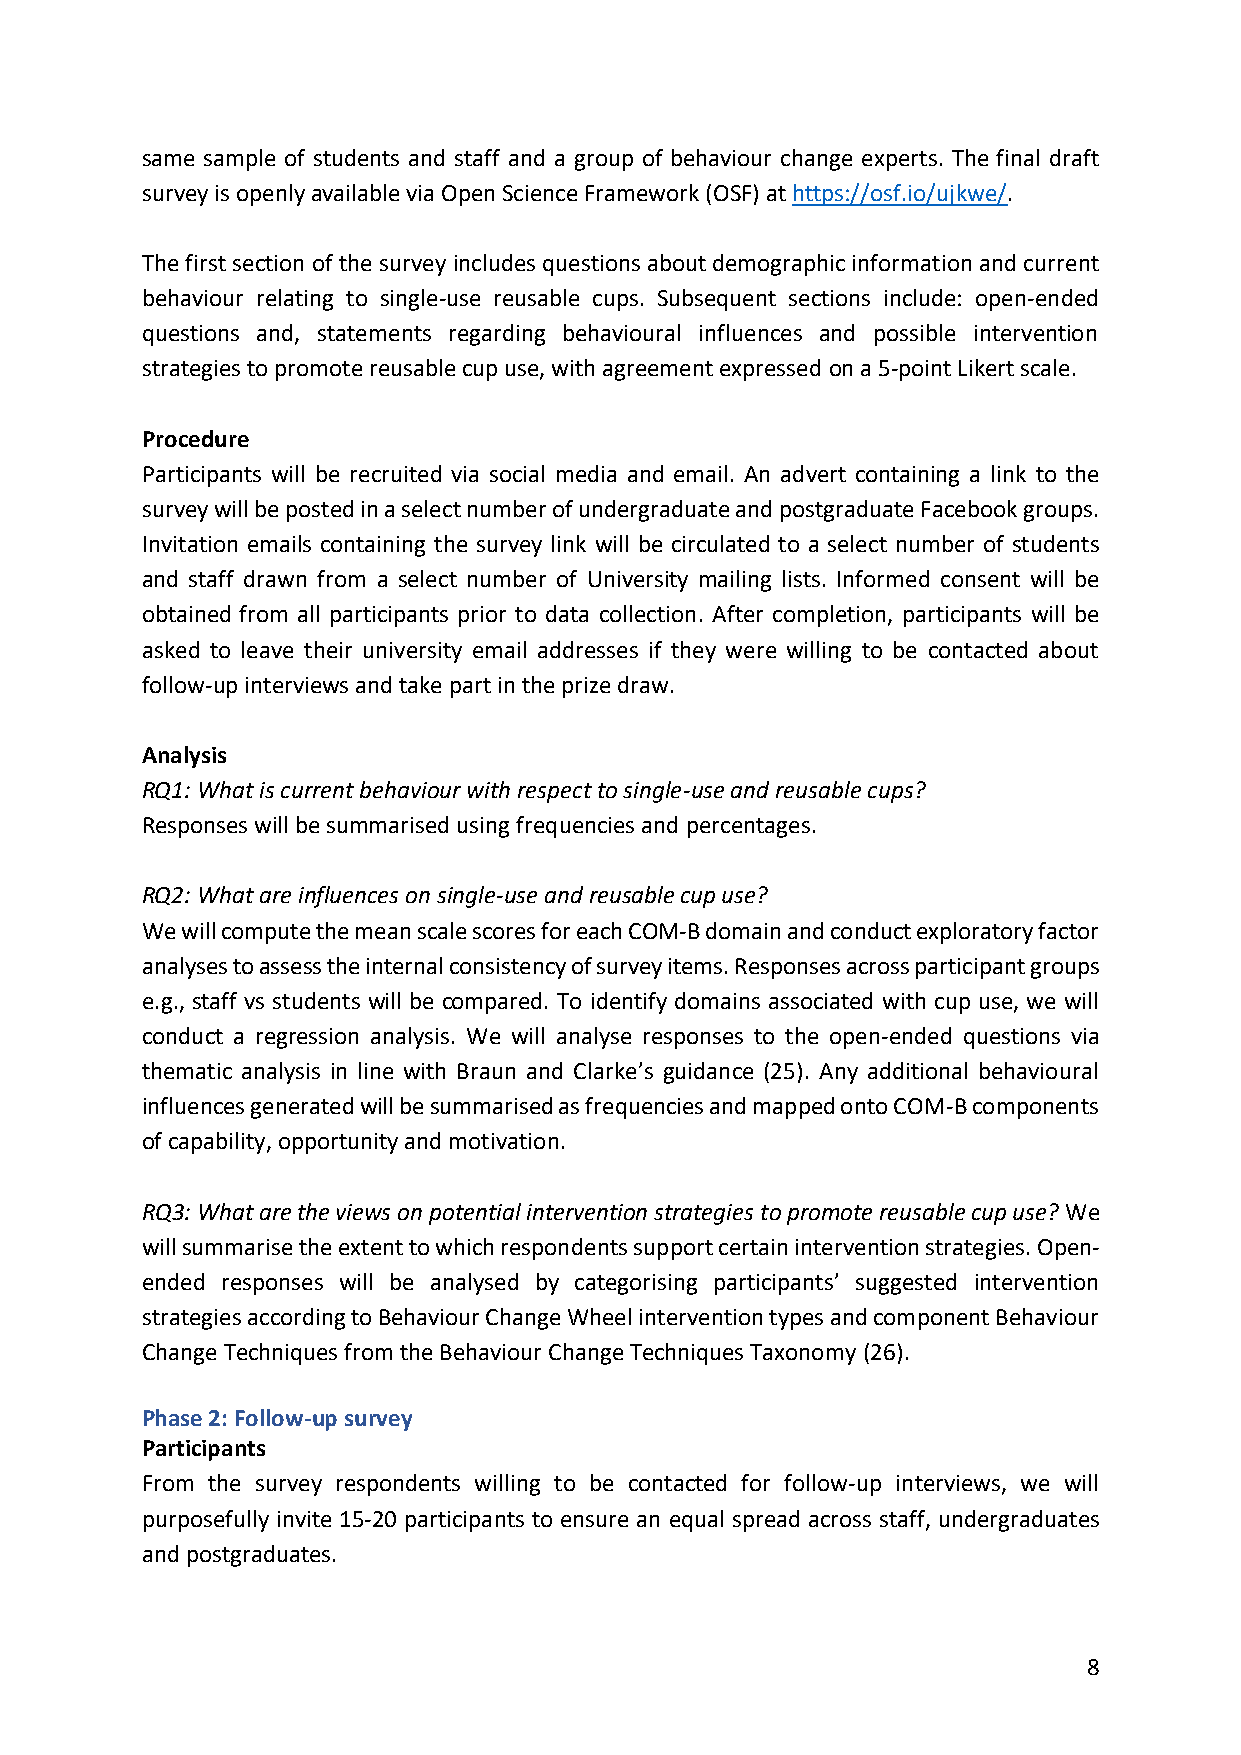
same sample of students and staff and a group of behaviour change experts. The final draft
 survey is openly available via Open Science Framework (OSF) at https://osf.io/ujkwe/.
 The first section of the survey includes questions about demographic information and current
 behaviour relating to single-use reusable cups. Subsequent sections include: open-ended
 questions and, statements regarding behavioural influences and possible intervention
 strategies to promote reusable cup use, with agreement expressed on a 5-point Likert scale.
 Procedure
 Participants will be recruited via social media and email. An advert containing a link to the
 survey will be posted in a select number of undergraduate and postgraduate Facebook groups.
 Invitation emails containing the survey link will be circulated to a select number of students
 and staff drawn from a select number of University mailing lists. Informed consent will be
 obtained from all participants prior to data collection. After completion, participants will be
 asked to leave their university email addresses if they were willing to be contacted about
 follow-up interviews and take part in the prize draw.
 Analysis
 RQ1: What is current behaviour with respect to single-use and reusable cups?
 Responses will be summarised using frequencies and percentages.
 RQ2: What are influences on single-use and reusable cup use?
 We will compute the mean scale scores for each COM-B domain and conduct exploratory factor
 analyses to assess the internal consistency of survey items. Responses across participant groups
 e.g., staff vs students will be compared. To identify domains associated with cup use, we will
 conduct a regression analysis. We will analyse responses to the open-ended questions via
 thematic analysis in line with Braun and Clarke’s guidance (25). Any additional behavioural
 influences generated will be summarised as frequencies and mapped onto COM-B components
 of capability, opportunity and motivation.
 RQ3: What are the views on potential intervention strategies to promote reusable cup use? We
 will summarise the extent to which respondents support certain intervention strategies. Open-
 ended responses will be analysed by categorising participants’ suggested intervention
 strategies according to Behaviour Change Wheel intervention types and component Behaviour
 Change Techniques from the Behaviour Change Techniques Taxonomy (26).
 Phase 2: Follow-up survey
 Participants
 From the survey respondents willing to be contacted for follow-up interviews, we will
 purposefully invite 15-20 participants to ensure an equal spread across staff, undergraduates
 and postgraduates.
 8